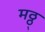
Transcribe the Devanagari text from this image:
मठ्ठ्